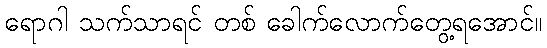
ရောဂါ သက်သာရင် တစ် ခေါက်လောက်တွေ့ရအောင်။